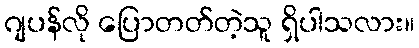
ဂျပန်လို ပြောတတ်တဲ့သူ ရှိပါသလား။